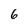
Character: 6